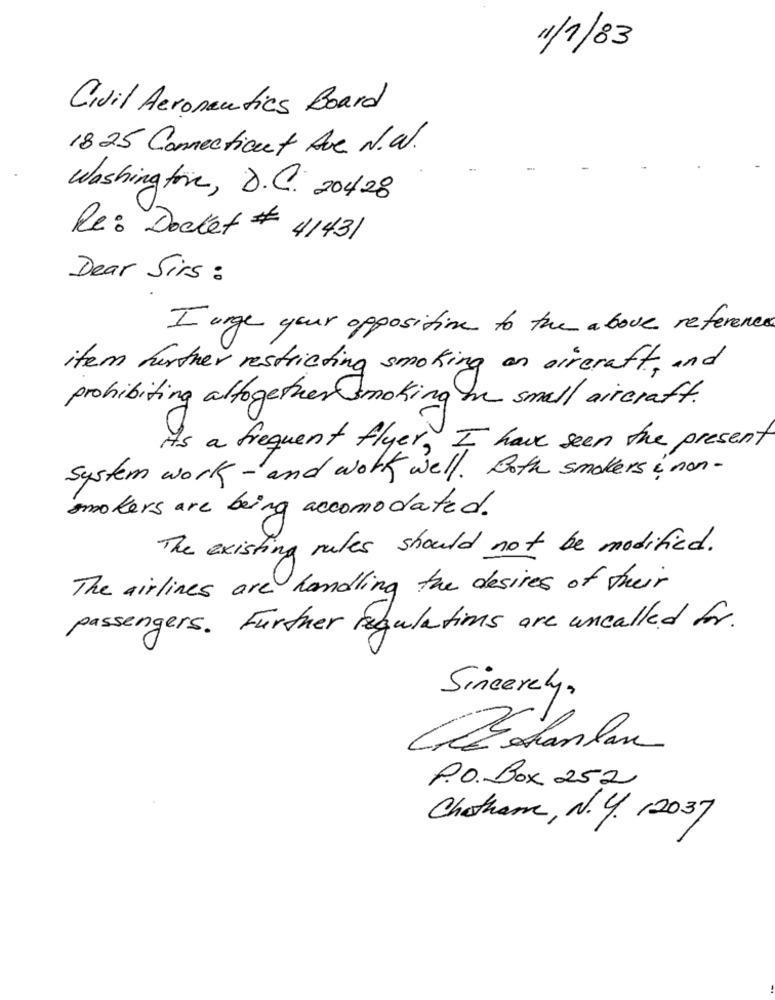
11/1/83
Civil Aeronautics Board
1825 Connecticut Ave N.W.
Washington, D.C. 20428
Re: Docket # 41431
Dear Sirs :
I urge your oppositive to the above reference
item further restricting smoking an aircraft, and
prohibiting altogether smoking on small aircraft .
As a frequent flyer, I have seen the present
System work - and work well. Both smokers i non -
smokers are being accomodated.
The existing rules should not be modified.
The airlines are handling the desires of their
passengers . Further regulations are uncalled for.
Sincerely,
CELanlan
P.O.Box 252
Chatham, N. Y. 12037